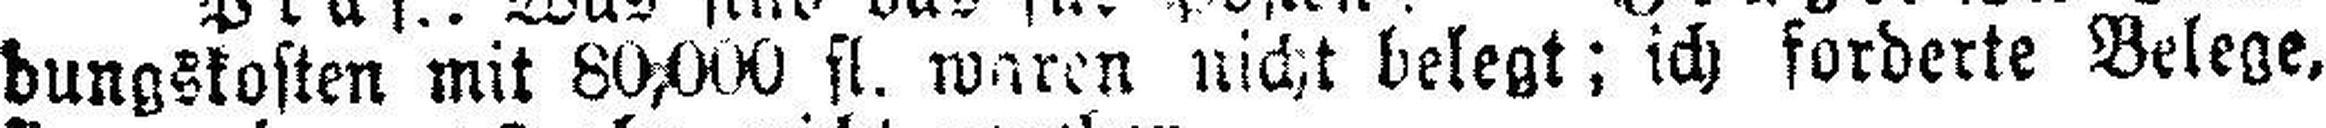
dungskosten mit 80,000 fl. waren nicht belegt; ich forderte Belege,